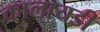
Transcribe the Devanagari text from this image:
कालायडी